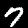
Digit: 7